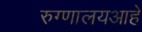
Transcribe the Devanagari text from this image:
रुग्णालयआहे